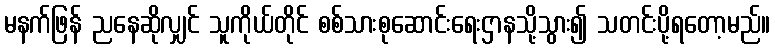
မနက်ဖြန် ညနေဆိုလျှင် သူကိုယ်တိုင် စစ်သားစုဆောင်းရေးဌာနသို့သွား၍ သတင်းပို့ရတော့မည်။